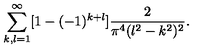
\sum _ { k , l = 1 } ^ { \infty } [ 1 - ( - 1 ) ^ { k + l } ] \frac { 2 } { \pi ^ { 4 } ( l ^ { 2 } - k ^ { 2 } ) ^ { 2 } } .